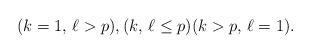
LaTeX: \begin{align*}(k = 1,\, \ell > p), (k,\, \ell \le p) (k > p,\, \ell = 1).\end{align*}